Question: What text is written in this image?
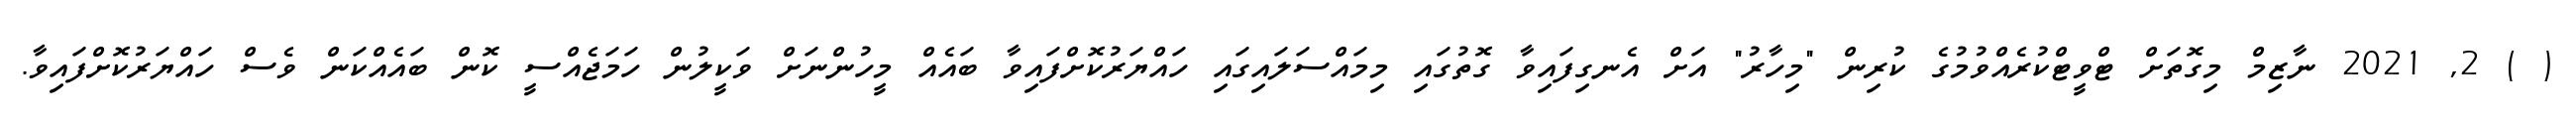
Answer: ( ) 2, 2021 ނާޒިމް މިގޮތަށް ޓްވީޓްކުރެއްވުމުގެ ކުރިން "މިހާރު" އަށް އެނގިފައިވާ ގޮތުގައި މިމައްސަލައިގައި ހައްޔަރުކޮށްފައިވާ ބައެއް މީހުންނަށް ވަކީލުން ހަމަޖެއްސީ ކޮން ބައެއްކަން ވެސް ހައްޔަރުކޮށްފައިވާ.